Leaving Certificate Examination, 1908
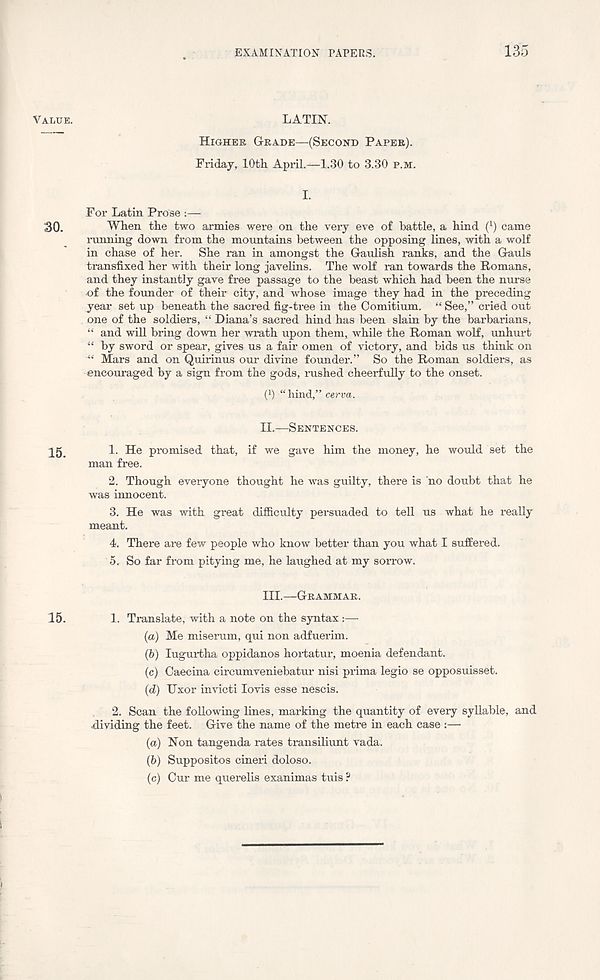
EXAMINATION PAPERS.
135
LATIN.
HIGHER GRADE—(SECOND PAPER).
Friday, 10th April.—1.30 to 3.30 P.M.
L
For Latin Prose :—
When the two armies were on the very eve of battle, a hind ( 1 ) came
ranning down from the mountains between the opposing lines, with a wolf
in chase of her. She ran in amongst the Gaulish ranks, and the Gauls
transfixed her with their long javelins. The wolf ran towards the Romans,
and they instantly gave free passage to the beast which had been the nurse
of the founder of their city, and whose image they had in the preceding
year set up beneath the sacred fig-tree in the Comitium. “ See,” cried out
one of the soldiers, “ Diana’s sacred hind has been slain by the barbarians,
“ and will bring down her wrath upon them, while the Roman wolf, unhurt
“ by sword or spear, gives us a fair omen of victory, and bids us think on
“ Mars and on Quirinus our divine founder.” So the Roman soldiers, as
encouraged by a sign from the gods, rushed cheerfully to the onset.
(*) “ hind,” cerva.
II.
—
1. He promised that, if we gave him the money, he would set the
man free.
2. Though everyone thought he was guilty, there is no doubt that he
was innocent.
3. He was with great difficulty persuaded to tell us what he really
meant.
4. There are few people who know better than you what I suffered.
5. So far from pitying me, he laughed at my sorrow.
III.
—
1. Translate, with a note on the syntax:—
(a) Me miserum, qui non adfuerim.
(b) lugurtha oppidanos hortatur, moenia defendant.
(c) Caecina circumveniebatur nisi prima legio se opposuisset.
(d) Uxor invicti lovis esse nescis.
2. Scan the following lines, marking the quantity of every syllable, and
dividing the feet. Give the name of the metre in each case :—
(a) Non tangenda rates transiliunt vada.
(b) Suppositos cineri doloso.
(c) Our me querelis exanimas tuis ?